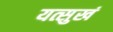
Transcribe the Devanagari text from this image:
यत्सुखं